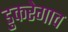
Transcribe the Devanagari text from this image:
डुकरेगाव